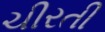
ચીરતી